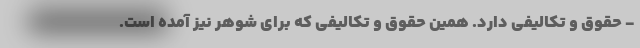
- حقوق و تکالیفی دارد. همین حقوق و تکالیفی که برای شوهر نیز آمده است.